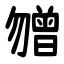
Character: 㬟